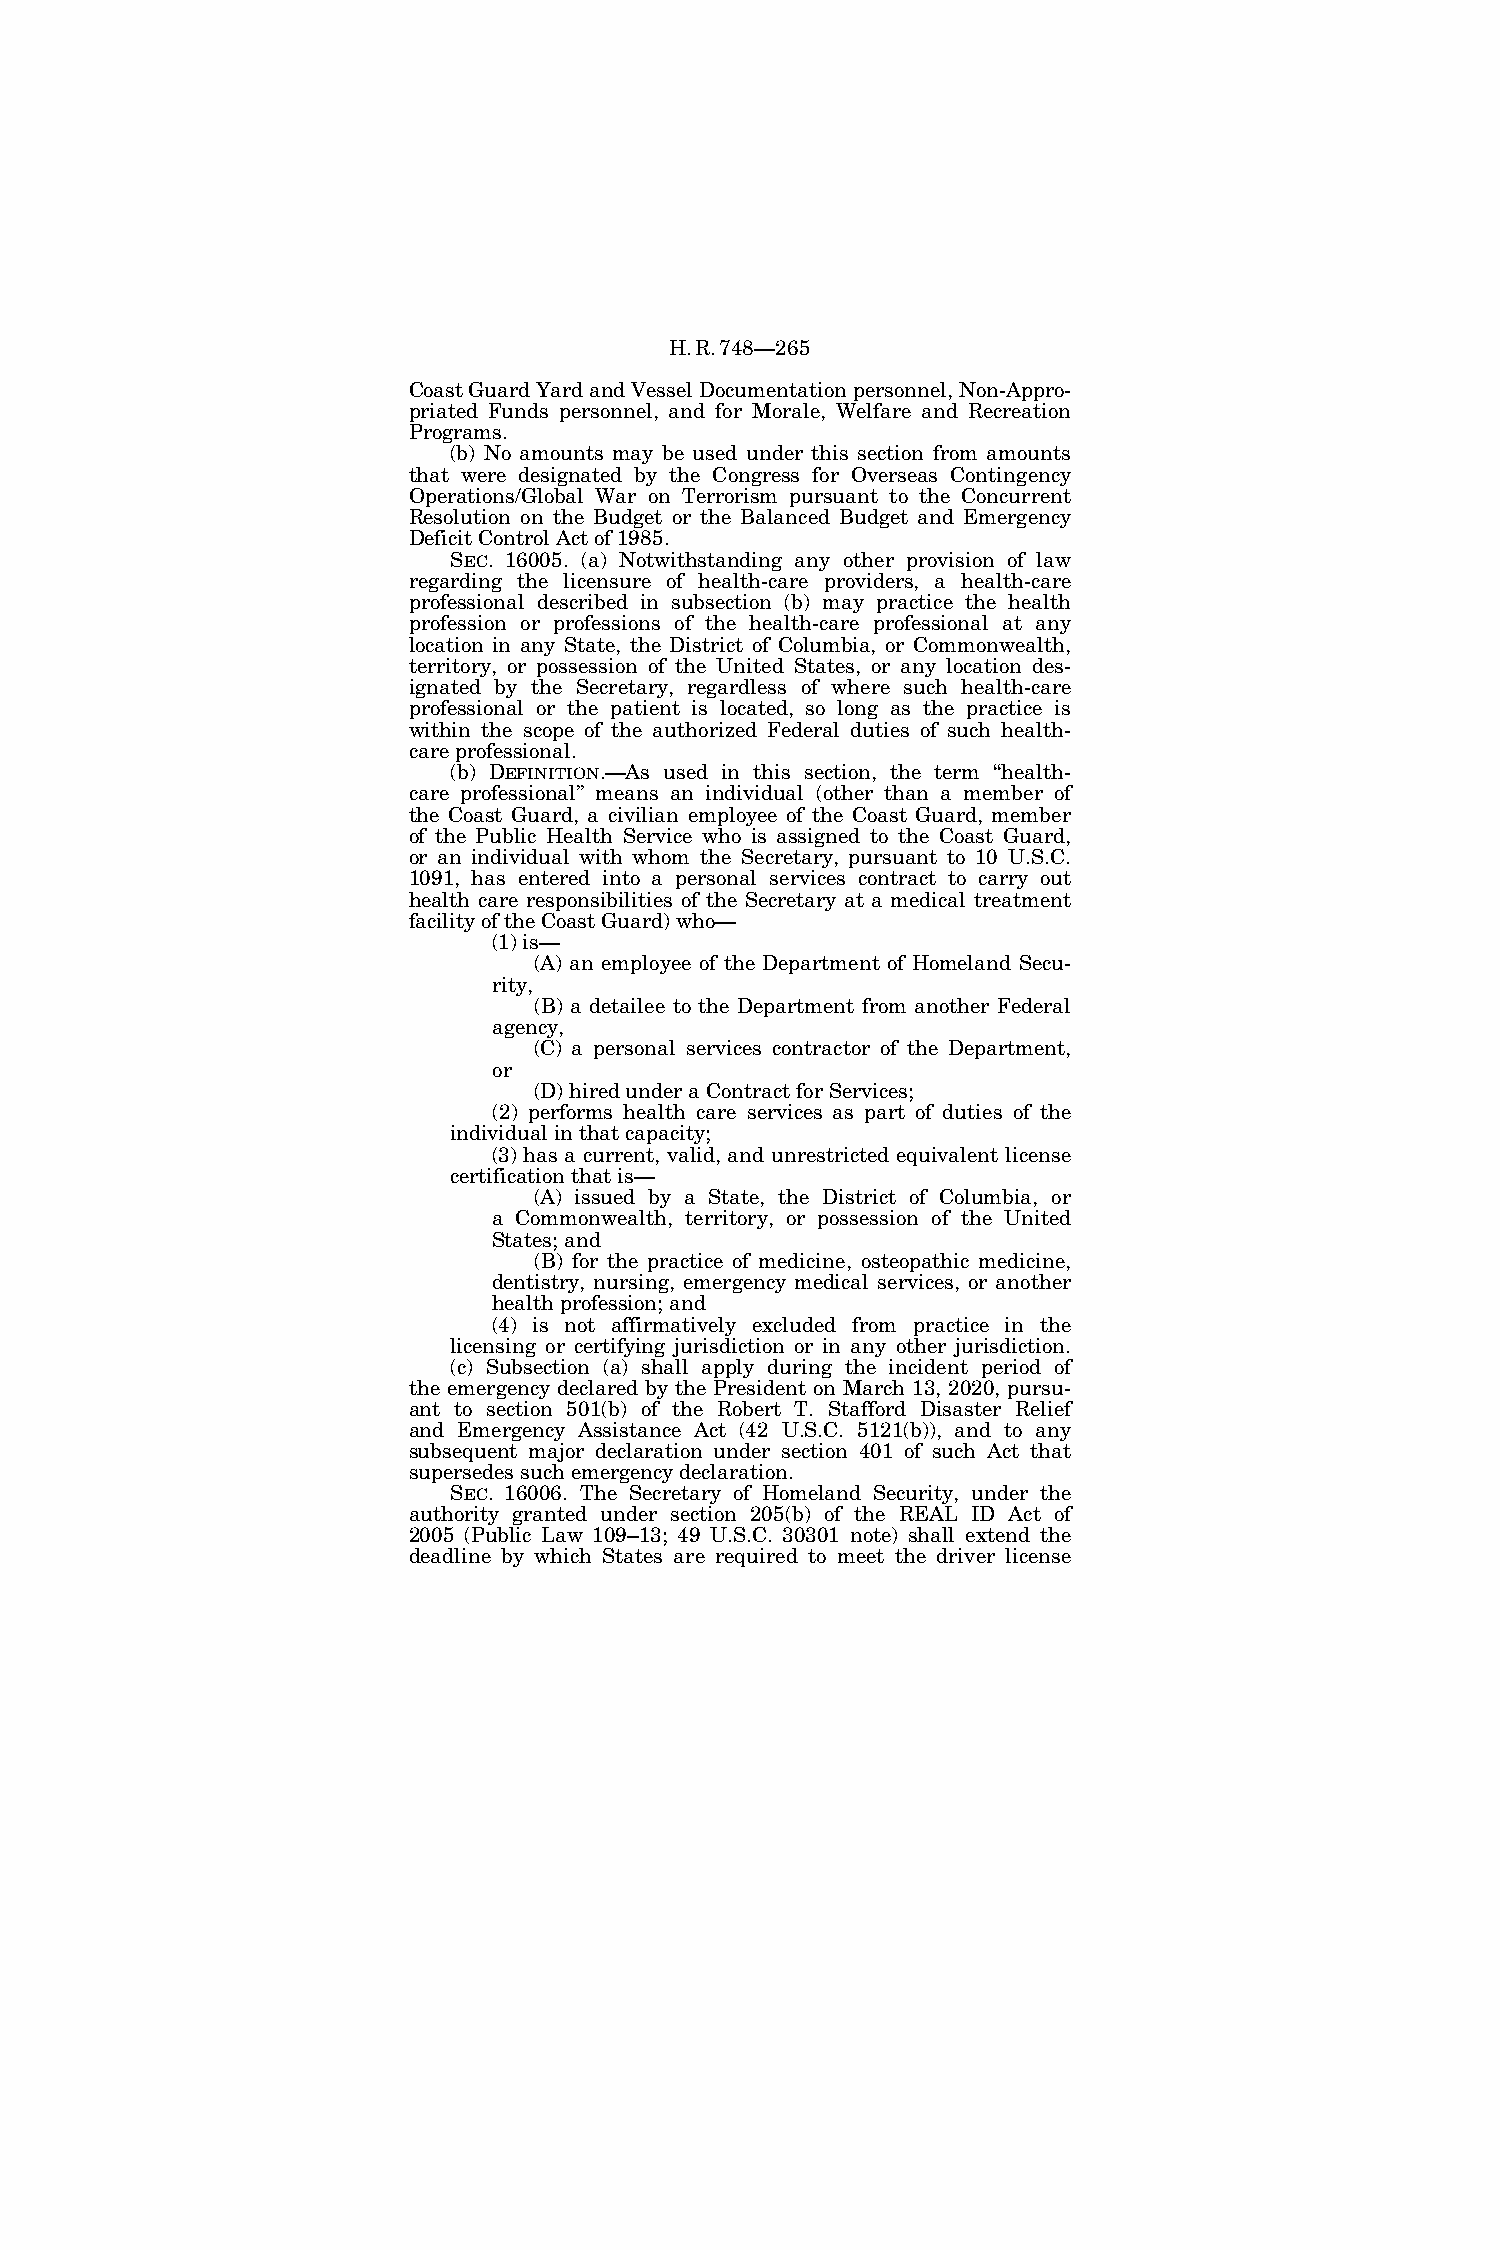
H.R.748—265
 Coast Guard Yard and Vessel Documentation personnel, Non-Appro-
 priated Funds personnel, and for Morale, Welfare and Recreation
 Programs.
 (b) No amounts may be used under this section from amounts
 that were designated by the Congress for Overseas Contingency
 Operations/Global War on Terrorism pursuant to the Concurrent
 Resolution on the Budget or the Balanced Budget and Emergency
 Deficit Control Act of 1985.
 SEC. 16005. (a) Notwithstanding any other provision of law
 regarding the licensure of health-care providers, a health-care
 professional described in subsection (b) may practice the health
 profession or professions of the health-care professional at any
 location in any State, the District of Columbia, or Commonwealth,
 territory, or possession of the United States, or any location des-
 ignated by the Secretary, regardless of where such health-care
 professional or the patient is located, so long as the practice is
 within the scope of the authorized Federal duties of such health-
 care professional.
 (b) DEFINITION.—As used in this section, the term ‘‘health-
 care professional’’ means an individual (other than a member of
 the Coast Guard, a civilian employee of the Coast Guard, member
 of the Public Health Service who is assigned to the Coast Guard,
 or an individual with whom the Secretary, pursuant to 10 U.S.C.
 1091, has entered into a personal services contract to carry out
 health care responsibilities of the Secretary at a medical treatment
 facility of the Coast Guard) who—
 (1) is—
 (A) an employee of the Department of Homeland Secu-
 rity,
 (B) a detailee to the Department from another Federal
 agency,
 (C) a personal services contractor of the Department,
 or
 (D) hired under a Contract for Services;
 (2) performs health care services as part of duties of the
 individual in that capacity;
 (3) has a current, valid, and unrestricted equivalent license
 certification that is—
 (A) issued by a State, the District of Columbia, or
 a Commonwealth, territory, or possession of the United
 States; and
 (B) for the practice of medicine, osteopathic medicine,
 dentistry, nursing, emergency medical services, or another
 health profession; and
 (4) is not affirmatively excluded from practice in the
 licensing or certifying jurisdiction or in any other jurisdiction.
 (c) Subsection (a) shall apply during the incident period of
 the emergency declared by the President on March 13, 2020, pursu-
 ant to section 501(b) of the Robert T. Stafford Disaster Relief
 and Emergency Assistance Act (42 U.S.C. 5121(b)), and to any
 subsequent major declaration under section 401 of such Act that
 supersedes such emergency declaration.
 SEC. 16006. The Secretary of Homeland Security, under the
 authority granted under section 205(b) of the REAL ID Act of
 2005 (Public Law 109–13; 49 U.S.C. 30301 note) shall extend the
 deadline by which States are required to meet the driver license